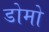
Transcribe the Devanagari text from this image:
डोमो